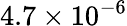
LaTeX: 4.7\times 10^{-6}